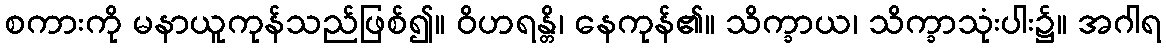
စကားကို မနာယူကုန်သည်ဖြစ်၍။ ဝိဟရန္တိ၊ နေကုန်၏။ သိက္ခာယ၊ သိက္ခာသုံးပါး၌။ အဂါရ